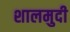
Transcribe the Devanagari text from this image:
शालमुदी